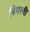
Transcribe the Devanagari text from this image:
बिगरनी